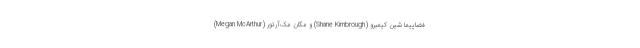
فضاپیما شین کیمبرو (Shane Kimbrough) و مگان مک‌آرتور (Megan McArthur)